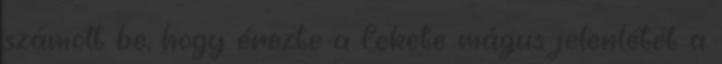
számolt be, hogy érezte a fekete mágus jelenlétét a